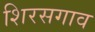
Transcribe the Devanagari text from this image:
शिरसगाव